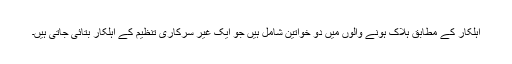
اہلکار کے مطابق ہلاک ہونے والوں میں دو خواتین شامل ہیں جو ایک غیر سرکاری تنظیم کے اہلکار بتائی جاتی ہیں۔